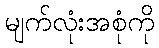
မျက်လုံးအစုံကို